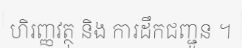
ហិរញ្ញវត្ថុ និង ការដឹកជញ្ជូន ។